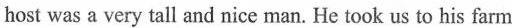
host was a very tall and nice man. He took us to his farm